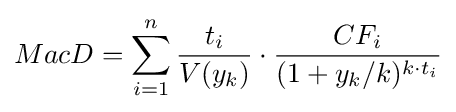
MacD=\sum _{i=1}^{n}{\frac {t_{i}}{V(y_{k})}}\cdot {\frac {CF_{i}}{(1+y_{k}/k)^{k\cdot t_{i}}}}